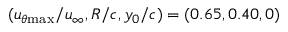
( u _ { \theta \mathrm { { m a x } } } / u _ { \infty } , R / c , y _ { 0 } / c ) = ( 0 . 6 5 , 0 . 4 0 , 0 )